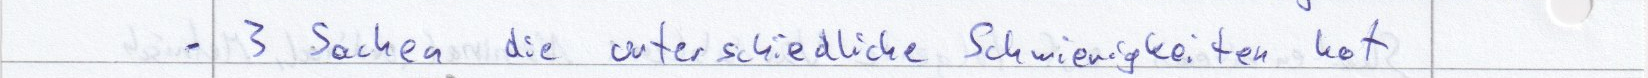
- 3 Sachen die unterschiedliche Schwierigkeiten hat